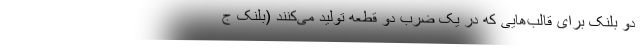
دو بلنک برای قالب‌هایی که در یک ضرب دو قطعه تولید می‌کنند (بلنک ج